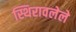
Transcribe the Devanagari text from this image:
स्थिरावलेले